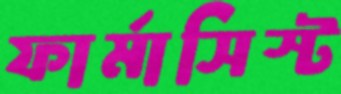
ফার্মাসিস্ট